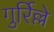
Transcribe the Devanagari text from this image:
गुर्रिल्ले